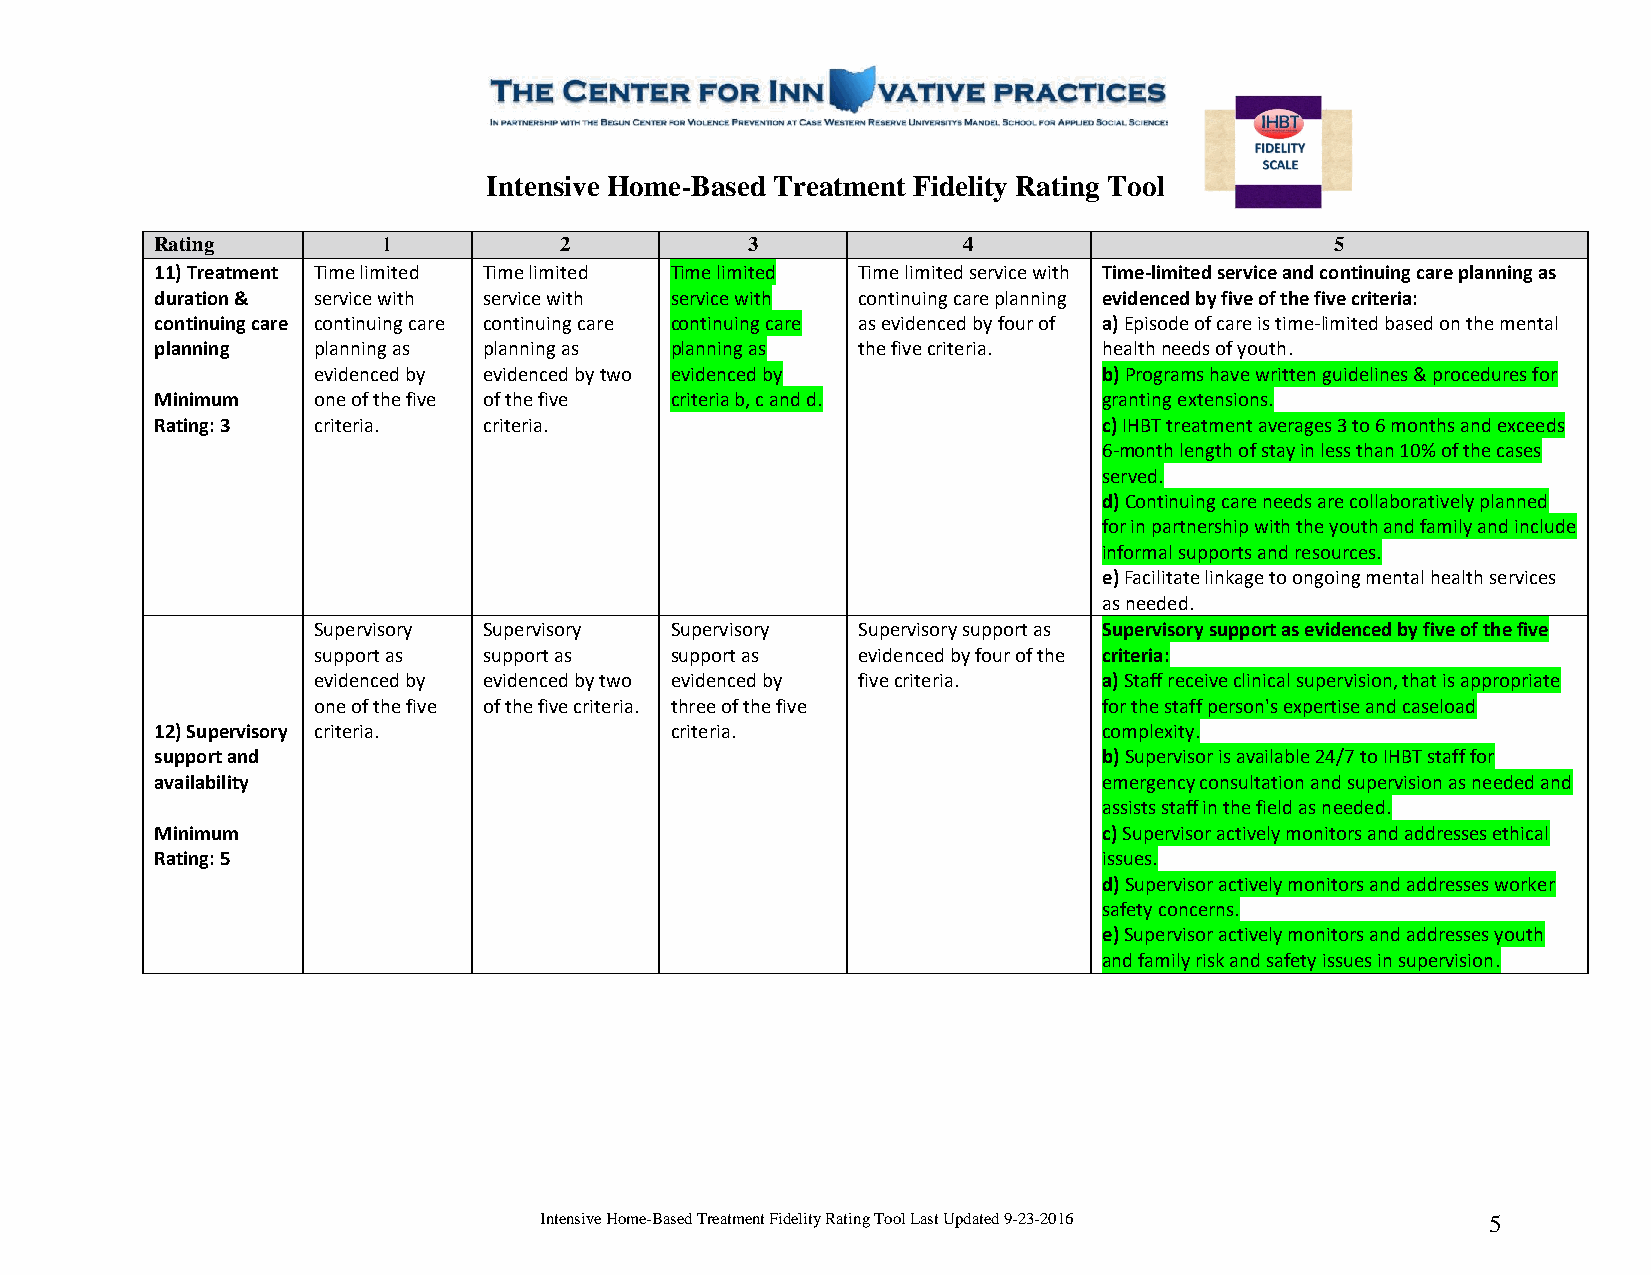
Intensive Home-Based Treatment Fidelity Rating Tool
 Rating         1           2           3              4                       5
 11) Treatment Time limited Time limited Time limited Time limited service with Time-limited service and continuing care planning as
 duration & service with service with service with continuing care planning evidenced by five of the five criteria:
 continuing care continuing care continuing care continuing care as evidenced by four of a) Episode of care is time-limited based on the mental
 planning   planning as planning as planning as the five criteria. health needs of youth.
 evidenced by evidenced by two evidenced by          b) Programs have written guidelines & procedures for
 Minimum    one of the five of the five criteria b, c and d.    granting extensions.
 Rating: 3  criteria.  criteria.                                c) IHBT treatment averages 3 to 6 months and exceeds
 6-month length of stay in less than 10% of the cases
 served.
 d) Continuing care needs are collaboratively planned
 for in partnership with the youth and family and include
 informal supports and resources.
 e) Facilitate linkage to ongoing mental health services
 as needed.
 Supervisory Supervisory Supervisory Supervisory support as Supervisory support as evidenced by five of the five
 support as support as  support as   evidenced by four of the criteria:
 evidenced by evidenced by two evidenced by five criteria. a) Staff receive clinical supervision, that is appropriate
 one of the five of the five criteria. three of the five for the staff person's expertise and caseload
 12) Supervisory criteria.         criteria.                    complexity.
 support and                                                    b) Supervisor is available 24/7 to IHBT staff for
 availability                                                   emergency consultation and supervision as needed and
 assists staff in the field as needed.
 Minimum                                                        c) Supervisor actively monitors and addresses ethical
 Rating: 5                                                      issues.
 d) Supervisor actively monitors and addresses worker
 safety concerns.
 e) Supervisor actively monitors and addresses youth
 and family risk and safety issues in supervision.
 Intensive Home-Based Treatment Fidelity Rating Tool Last Updated 9-23-2016 5